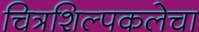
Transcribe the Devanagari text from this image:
चित्रशिल्पकलेचा